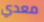
معدي